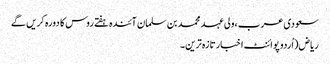
سعودی عرب ،ولی عہد محمد بن سلمان آئندہ ہفتے روس کا دورہ کریں گے
ریاض(اُردو پوائنٹ اخبارتازہ ترین۔